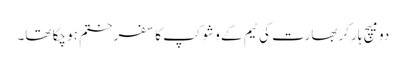
دو میچ ہارکر بھارت کی ٹیم کے وشوکپ کا سفر ختم ہو چکا تھا۔